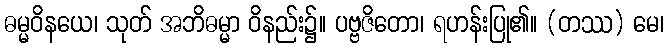
ဓမ္မဝိနယေ၊ သုတ် အဘိဓမ္မာ ဝိနည်း၌။ ပဗ္ဗဇိတော၊ ရဟန်းပြု၏။ (တဿ) မေ၊